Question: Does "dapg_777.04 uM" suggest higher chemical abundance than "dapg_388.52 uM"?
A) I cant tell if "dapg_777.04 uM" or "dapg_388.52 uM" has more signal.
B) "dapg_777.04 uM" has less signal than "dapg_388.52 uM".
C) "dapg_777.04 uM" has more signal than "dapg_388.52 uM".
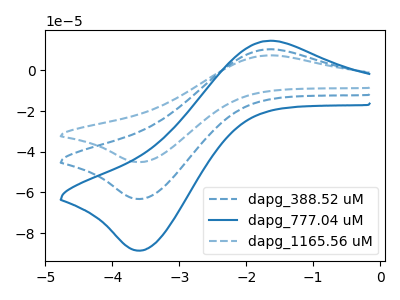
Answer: <think>The blue dashed curve "dapg_388.52 uM" has an anodic peak at (-1.70V, 10.35uA) and a cathodic peak at (-3.55V, -63.25uA). The blue curve "dapg_777.04 uM" has an anodic peak at (-1.70V, 14.50uA) and a cathodic peak at (-3.55V, -88.65uA). The blue dashed curve "dapg_1165.56 uM" has an anodic peak at (-1.70V, 20.70uA) and a cathodic peak at (-3.55V, -126.45uA).
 All the peaks in "dapg_777.04 uM" have a peak in "dapg_388.52 uM" at the same potential. Every peak in "dapg_777.04 uM" is higher than every peak in "dapg_388.52 uM".</think>
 <answer>C) "dapg_777.04 uM" has more signal than "dapg_388.52 uM".</answer>
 <eval>C</eval>